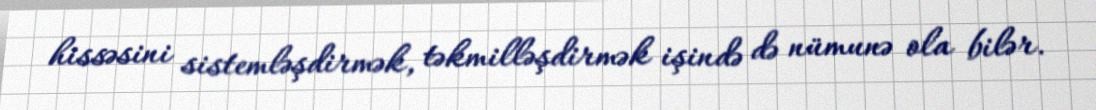
hissəsini sistemləşdirmək, təkmilləşdirmək işində də nümunə ola bilər.